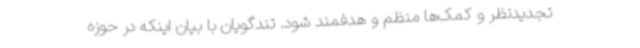
تجدیدنظر و کمک‌ها منظم و هدفمند شود. تندگویان با بیان اینکه در حوزه